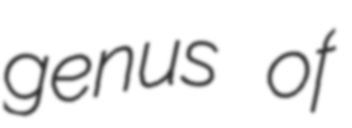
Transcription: genus of